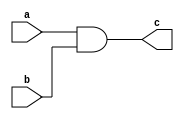
module and_g_lev(input a,input b,output c);
assign c=a&b;
endmodule